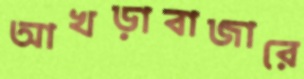
আখড়াবাজারে